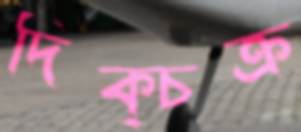
দিক্‌চক্র